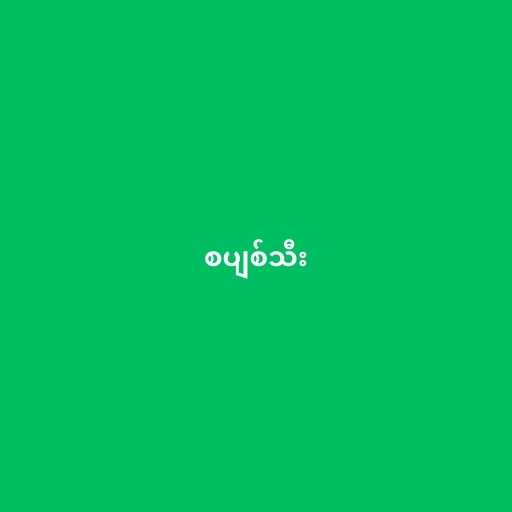
စပျစ်သီး